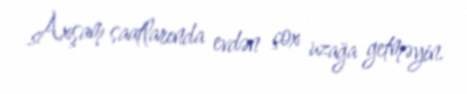
Axşam saatlarında evdən çox uzağa getməyin.